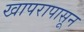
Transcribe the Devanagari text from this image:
खापरापासून